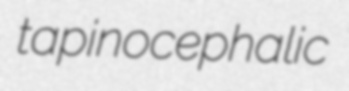
tapinocephalic